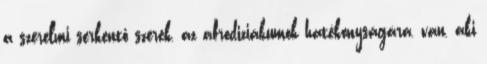
a szerelmi serkentő szerek, az afrodiziákumok hatékonyságára, van, aki